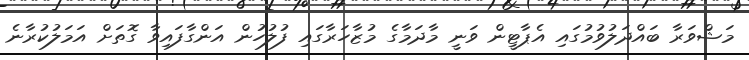
މަޝްވަރާ ބައްދަލުވުމުގައި އެޕާޓީން ވަނީ މާދަމާގެ މުޒާހަރާގައި ފުލުހުން އަންގާފައިވާ ގޮތަށް އަމަލުކުރާނެ